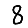
Digit: 8